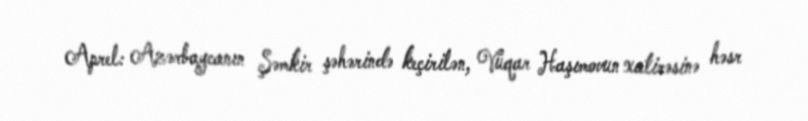
Aprel: Azərbaycanın Şəmkir şəhərində keçirilən, Vüqar Haşımovun xatirəsinə həsr